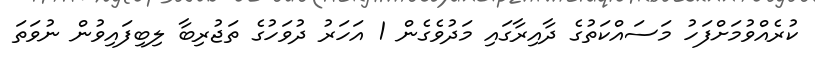
ކުރެއްވުމަށްފަހު މަސައްކަތުގެ ދާއިރާގައި މަދުވެގެން 1 އަހަރު ދުވަހުގެ ތަޖުރިބާ ލިބިފައިވުން ނުވަތަ